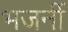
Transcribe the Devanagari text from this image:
भजनीं